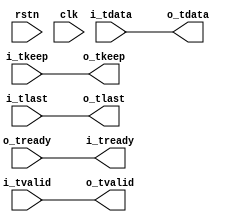
// This program was cloned from: https://github.com/WangXuan95/FPGA-ftdi245fifo
// License: GNU General Public License v3.0


//--------------------------------------------------------------------------------------------------------
// Module  : axi_stream_resizing
// Type    : synthesizable, IP's sub-module
// Standard: Verilog 2001 (IEEE1364-2001)
// Function: AXI-stream upsizing or downsizing,
//           see AMBA 4 AXI4-stream Protocol Version: 1.0 Specification -> 2.3.3 -> downsizing considerations / upsizing considerations
//--------------------------------------------------------------------------------------------------------

module axi_stream_resizing #(
    parameter IEW = 0,                       // input width,  0=1Byte, 1=2Byte, 2=4Byte, 3=8Bytes, 4=16Bytes, ...
    parameter OEW = 0                        // output width, 0=1Byte, 1=2Byte, 2=4Byte, 3=8Bytes, 4=16Bytes, ...
) (
    input  wire                rstn,
    input  wire                clk,
    // AXI-stream slave
    output wire                i_tready,
    input  wire                i_tvalid,
    input  wire [(8<<IEW)-1:0] i_tdata,
    input  wire [(1<<IEW)-1:0] i_tkeep,
    input  wire                i_tlast,
    // AXI-stream master
    input  wire                o_tready,
    output wire                o_tvalid,
    output wire [(8<<OEW)-1:0] o_tdata,
    output wire [(1<<OEW)-1:0] o_tkeep,
    output wire                o_tlast
);


generate if (IEW < OEW) begin
    
    axi_stream_upsizing #(
        .IEW             ( IEW                ),
        .OEW             ( OEW                )
    ) u_axi_stream_upsizing (
        .rstn            ( rstn               ),
        .clk             ( clk                ),
        .i_tready        ( i_tready           ),
        .i_tvalid        ( i_tvalid           ),
        .i_tdata         ( i_tdata            ),
        .i_tkeep         ( i_tkeep            ),
        .i_tlast         ( i_tlast            ),
        .o_tready        ( o_tready           ),
        .o_tvalid        ( o_tvalid           ),
        .o_tdata         ( o_tdata            ),
        .o_tkeep         ( o_tkeep            ),
        .o_tlast         ( o_tlast            )
    );
    
end else if (IEW > OEW) begin

    axi_stream_downsizing #(
        .IEW             ( IEW                ),
        .OEW             ( OEW                )
    ) u_axi_stream_downsizing (
        .rstn            ( rstn               ),
        .clk             ( clk                ),
        .i_tready        ( i_tready           ),
        .i_tvalid        ( i_tvalid           ),
        .i_tdata         ( i_tdata            ),
        .i_tkeep         ( i_tkeep            ),
        .i_tlast         ( i_tlast            ),
        .o_tready        ( o_tready           ),
        .o_tvalid        ( o_tvalid           ),
        .o_tdata         ( o_tdata            ),
        .o_tkeep         ( o_tkeep            ),
        .o_tlast         ( o_tlast            )
    );

end else begin // (IEW==OEW)
    
    assign i_tready = o_tready;
    assign o_tvalid = i_tvalid;
    assign o_tdata  = i_tdata;
    assign o_tkeep  = i_tkeep;
    assign o_tlast  = i_tlast;
    
end endgenerate


endmodule